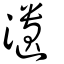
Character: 瀢